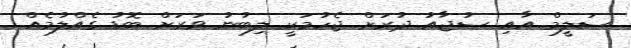
ސަލީމް އާއި ސުޖާއު ދުރަށް ޖެހުމަކީ ލިބުނު ވަރަށް ބޮޑު ގެއްލުމެއް